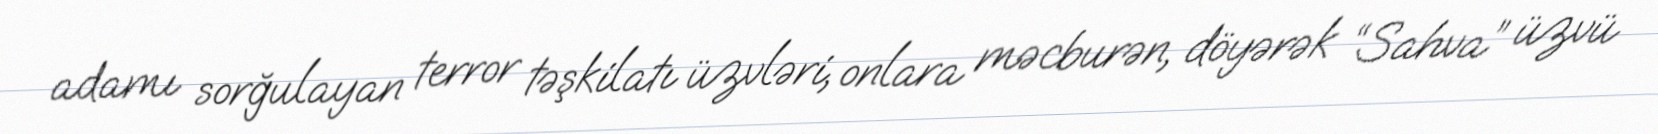
adamı sorğulayan terror təşkilatı üzvləri, onlara məcburən, döyərək “Sahva” üzvü